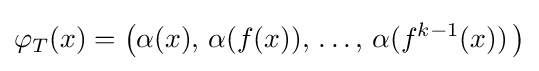
\varphi _{T}(x)={\bigl (}\alpha (x),\,\alpha (f(x)),\,\dots ,\,\alpha (f^{k-1}(x))\,{\bigr )}